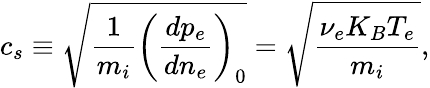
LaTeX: c_{s}\equiv\sqrt{\frac{1}{m_{i}}\left(\frac{dp_{e}}{dn_{e}}\right)_{0}}=\sqrt{\frac{\nu_{e}K_{B}T_{e}}{m_{i}}},